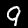
Label: 9